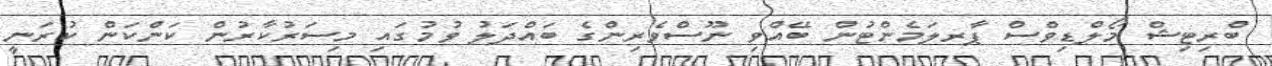
ބްރިޓިޝް މޯލްޑިވްސް ޕާރލަމެންޓުން ބޭއްވި ނޫސްވެރިންގެ ބައްދަލު ވުމުގައި މިސަރުކާރުން ކަންކަން ކުރަނީ